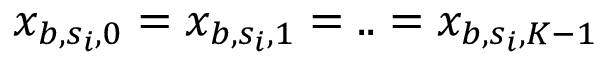
x _ { b , s _ { i } , 0 } = x _ { b , s _ { i } , 1 } = . . = x _ { b , s _ { i } , K - 1 }